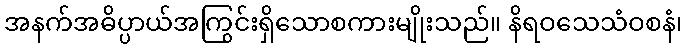
အနက်အဓိပ္ပာယ်အကြွင်းရှိသောစကားမျိုးသည်။ နိရဝသေသံဝစနံ၊